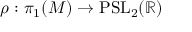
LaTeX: \rho : \pi _ { 1 } ( M ) \to \mathrm { P S L } _ { 2 } ( \mathbb { R } )